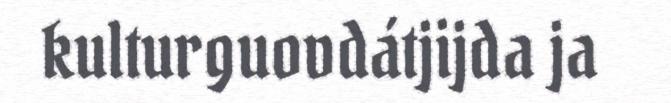
kulturguovdátjijda ja